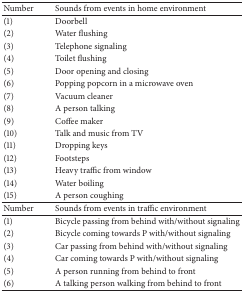
<table><thead><tr><td><b>Number</b></td><td><b>Sounds from events in home environment</b></td></tr></thead><tbody><tr><td>(1)</td><td>Doorbell</td></tr><tr><td>(2)</td><td>Water flushing</td></tr><tr><td>(3)</td><td>Telephone signaling</td></tr><tr><td>(4)</td><td>Toilet flushing</td></tr><tr><td>(5)</td><td>Door opening and closing</td></tr><tr><td>(6)</td><td>Popping popcorn in a microwave oven</td></tr><tr><td>(7)</td><td>Vacuum cleaner</td></tr><tr><td>(8)</td><td>A person talking</td></tr><tr><td>(9)</td><td>Coffee maker</td></tr><tr><td>(10)</td><td>Talk and music from TV</td></tr><tr><td>(11)</td><td>Dropping keys</td></tr><tr><td>(12)</td><td>Footsteps</td></tr><tr><td>(13)</td><td>Heavy traffic from window</td></tr><tr><td>(14)</td><td>Water boiling</td></tr><tr><td>(15)</td><td>A person coughing</td></tr><tr><td>Number</td><td>Sounds from events in traffic environment</td></tr><tr><td>(1)</td><td>Bicycle passing from behind with/without signaling </td></tr><tr><td>(2)</td><td>Bicycle coming towards P with/without signaling</td></tr><tr><td>(3)</td><td>Car passing from behind with/without signaling</td></tr><tr><td>(4)</td><td>Car coming towards P with/without signaling</td></tr><tr><td>(5)</td><td>A person running from behind to front</td></tr><tr><td>(6)</td><td>A talking person walking from behind to front</td></tr></tbody></table>